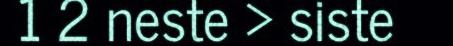
1 2 neste › siste